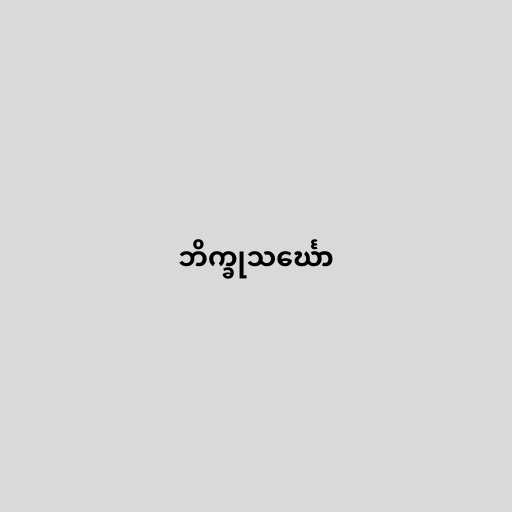
ဘိက္ခုသင်္ဃော